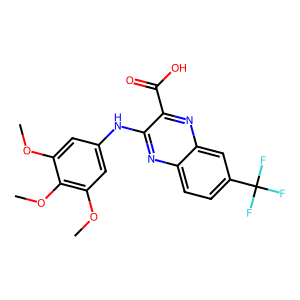
SMILES: COc1cc(Nc2nc3ccc(C(F)(F)F)cc3nc2C(=O)O)cc(OC)c1OC
Inhibits HIV replication: No